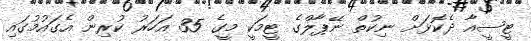
ޓީސީއާ ދެކޮޅަށް ނިކުތް ނޭޕާލްގެ ޓީމަކީ މީގެ 35 އަހަރު ކުރިން އެގައުމުގައި